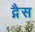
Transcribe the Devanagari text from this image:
द्गैस